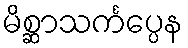
မိစ္ဆာသင်္ကပ္ပေန